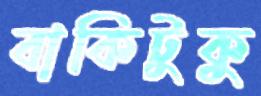
বাকিটুকু